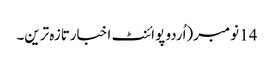
14 نومبر(اُردو پوائنٹ اخبارتازہ ترین۔